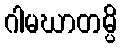
ဂါမဃာတမ္ပိ